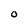
Character: 0